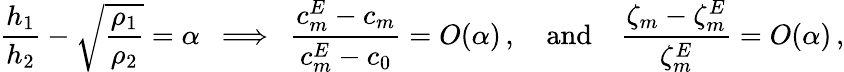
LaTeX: {\frac{h_{1}}{h_{2}}}-\sqrt{\frac{\rho_{1}}{\rho_{2}}}=\alpha\, \, \, \Longrightarrow\, \, \, {\frac{c_{m}^{E}-c_{m}}{c_{m}^{E}-c_{0}}}=O(\alpha)\, ,\quad\mathrm{and}\quad{\frac{\zeta_{m}-\zeta_{m}^{E}}{\zeta_{m}^{E}}}=O(\alpha)\, ,